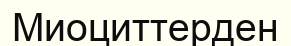
Миоциттерден